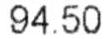
94.50